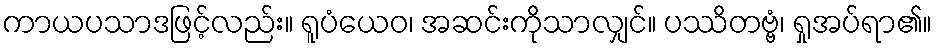
ကာယပသာဒဖြင့်လည်း။ ရူပံယေဝ၊ အဆင်းကိုသာလျှင်။ ပဿိတဗ္ဗံ၊ ရှုအပ်ရာ၏။